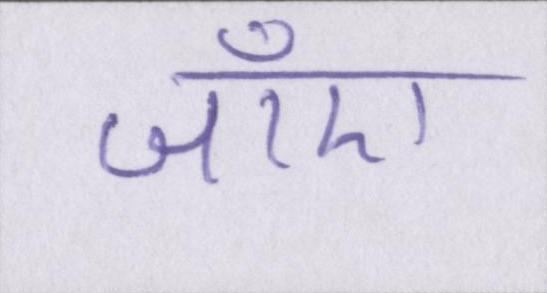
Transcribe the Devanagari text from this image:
जाँए